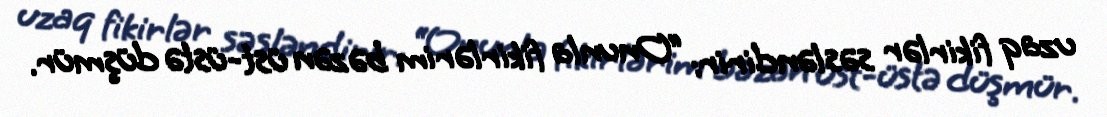
uzaq fikirlər səsləndirir: “Onunla fikirlərim bəzən üst-üstə düşmür.